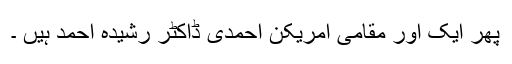
پھر ایک اور مقامی امریکن احمدی ڈاکٹر رشیدہ احمد ہیں ۔